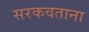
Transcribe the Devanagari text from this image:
सरकवताना